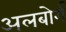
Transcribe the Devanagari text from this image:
अलबोर्ग